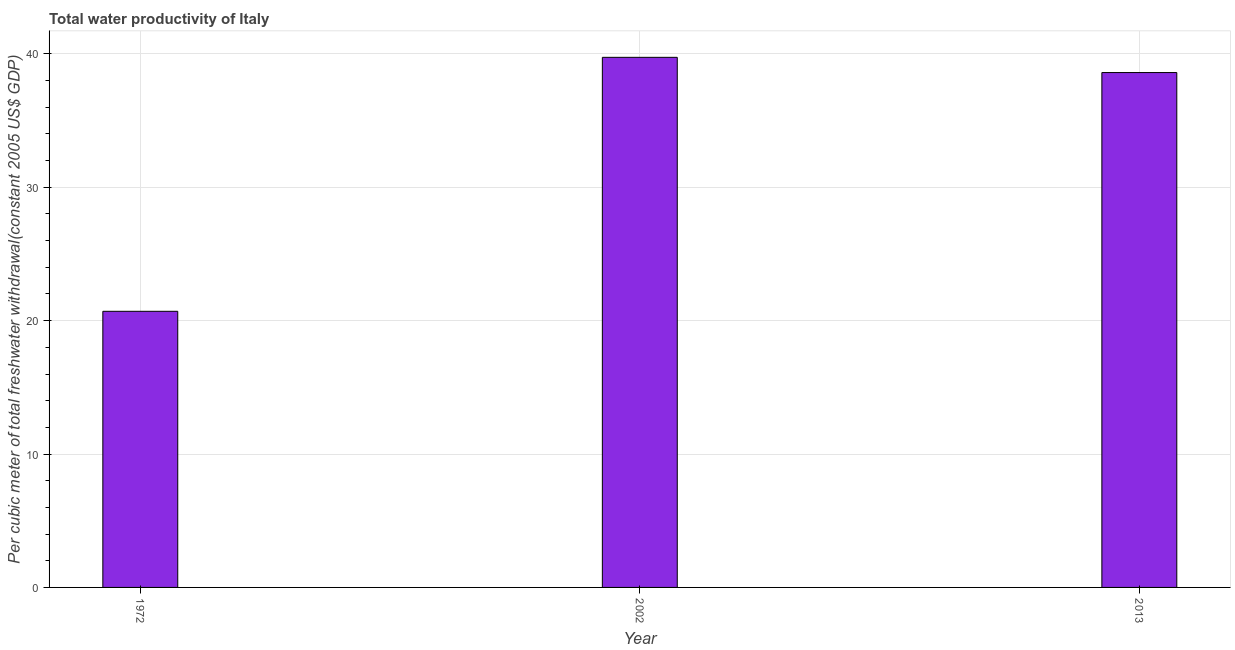
| Year | Water productivity |
 | --- | --- |
 | 1972 | 20.7 |
 | 2002 | 39.7 |
 | 2013 | 38.6 |